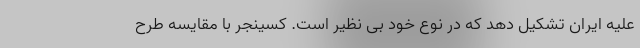
علیه ایران تشکیل دهد که در نوع خود بی نظیر است. کسینجر با مقایسه طرح